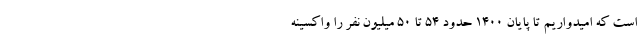
است که امیدواریم تا پایان ۱۴۰۰ حدود ۵۴ تا ۵۰ میلیون نفر را واکسینه